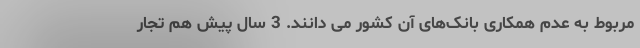
مربوط به عدم همکاری بانک‌های آن کشور می دانند. 3 سال پیش هم تجار